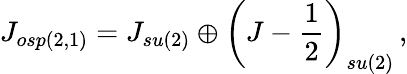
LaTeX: J_{osp(2,1)}=J_{su(2)}\oplus\left(J-\frac{1}{2}\right)_{su(2)}\, ,